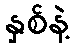
နှစ်နဲ့